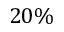
2 0 \%